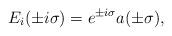
LaTeX: \begin{align*} E_i( \pm i \sigma) = e^{\pm i \sigma} a(\pm \sigma) , \,\,\,\, \end{align*}